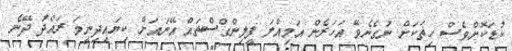
ކުޑަކޮށްވެސް ހިތަކަށް ނުގެނެވޭ އަހަރެން އަމިއްލަ ފީލިންގްސްތައް އޭނައަށް ކިޔައިދިނީމަ ރައްދު ދޭނެ